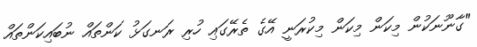
"ގާނޫނަކުން މިކަން މިކަން މިކުރަނީ އޭގެ ތެރޭގައި ހުރި ރަނގަޅު ކަންތައް ނުބައިކަންތައް